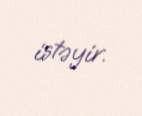
istəyir.